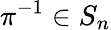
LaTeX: \pi^{-1}\in S_{n}